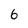
Character: 6